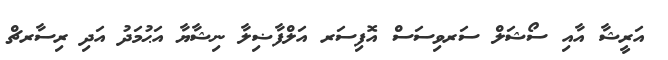
އަރީޝާ އާއި ސޯޝަލް ސަރވިސަސް އޮފިސަރ އަލްފާޟިލާ ނިޝާޔާ އަޙުމަދު އަދި ރިސާރޗް